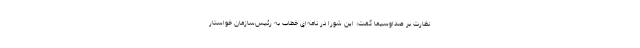
نظارت بر صداوسیما گفت: این شورا در نامه‌ای خطاب به رئیس‌سازمان خواستار